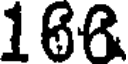
166